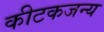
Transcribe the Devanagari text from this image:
कीटकजन्य